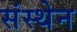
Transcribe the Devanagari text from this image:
संस्थेन